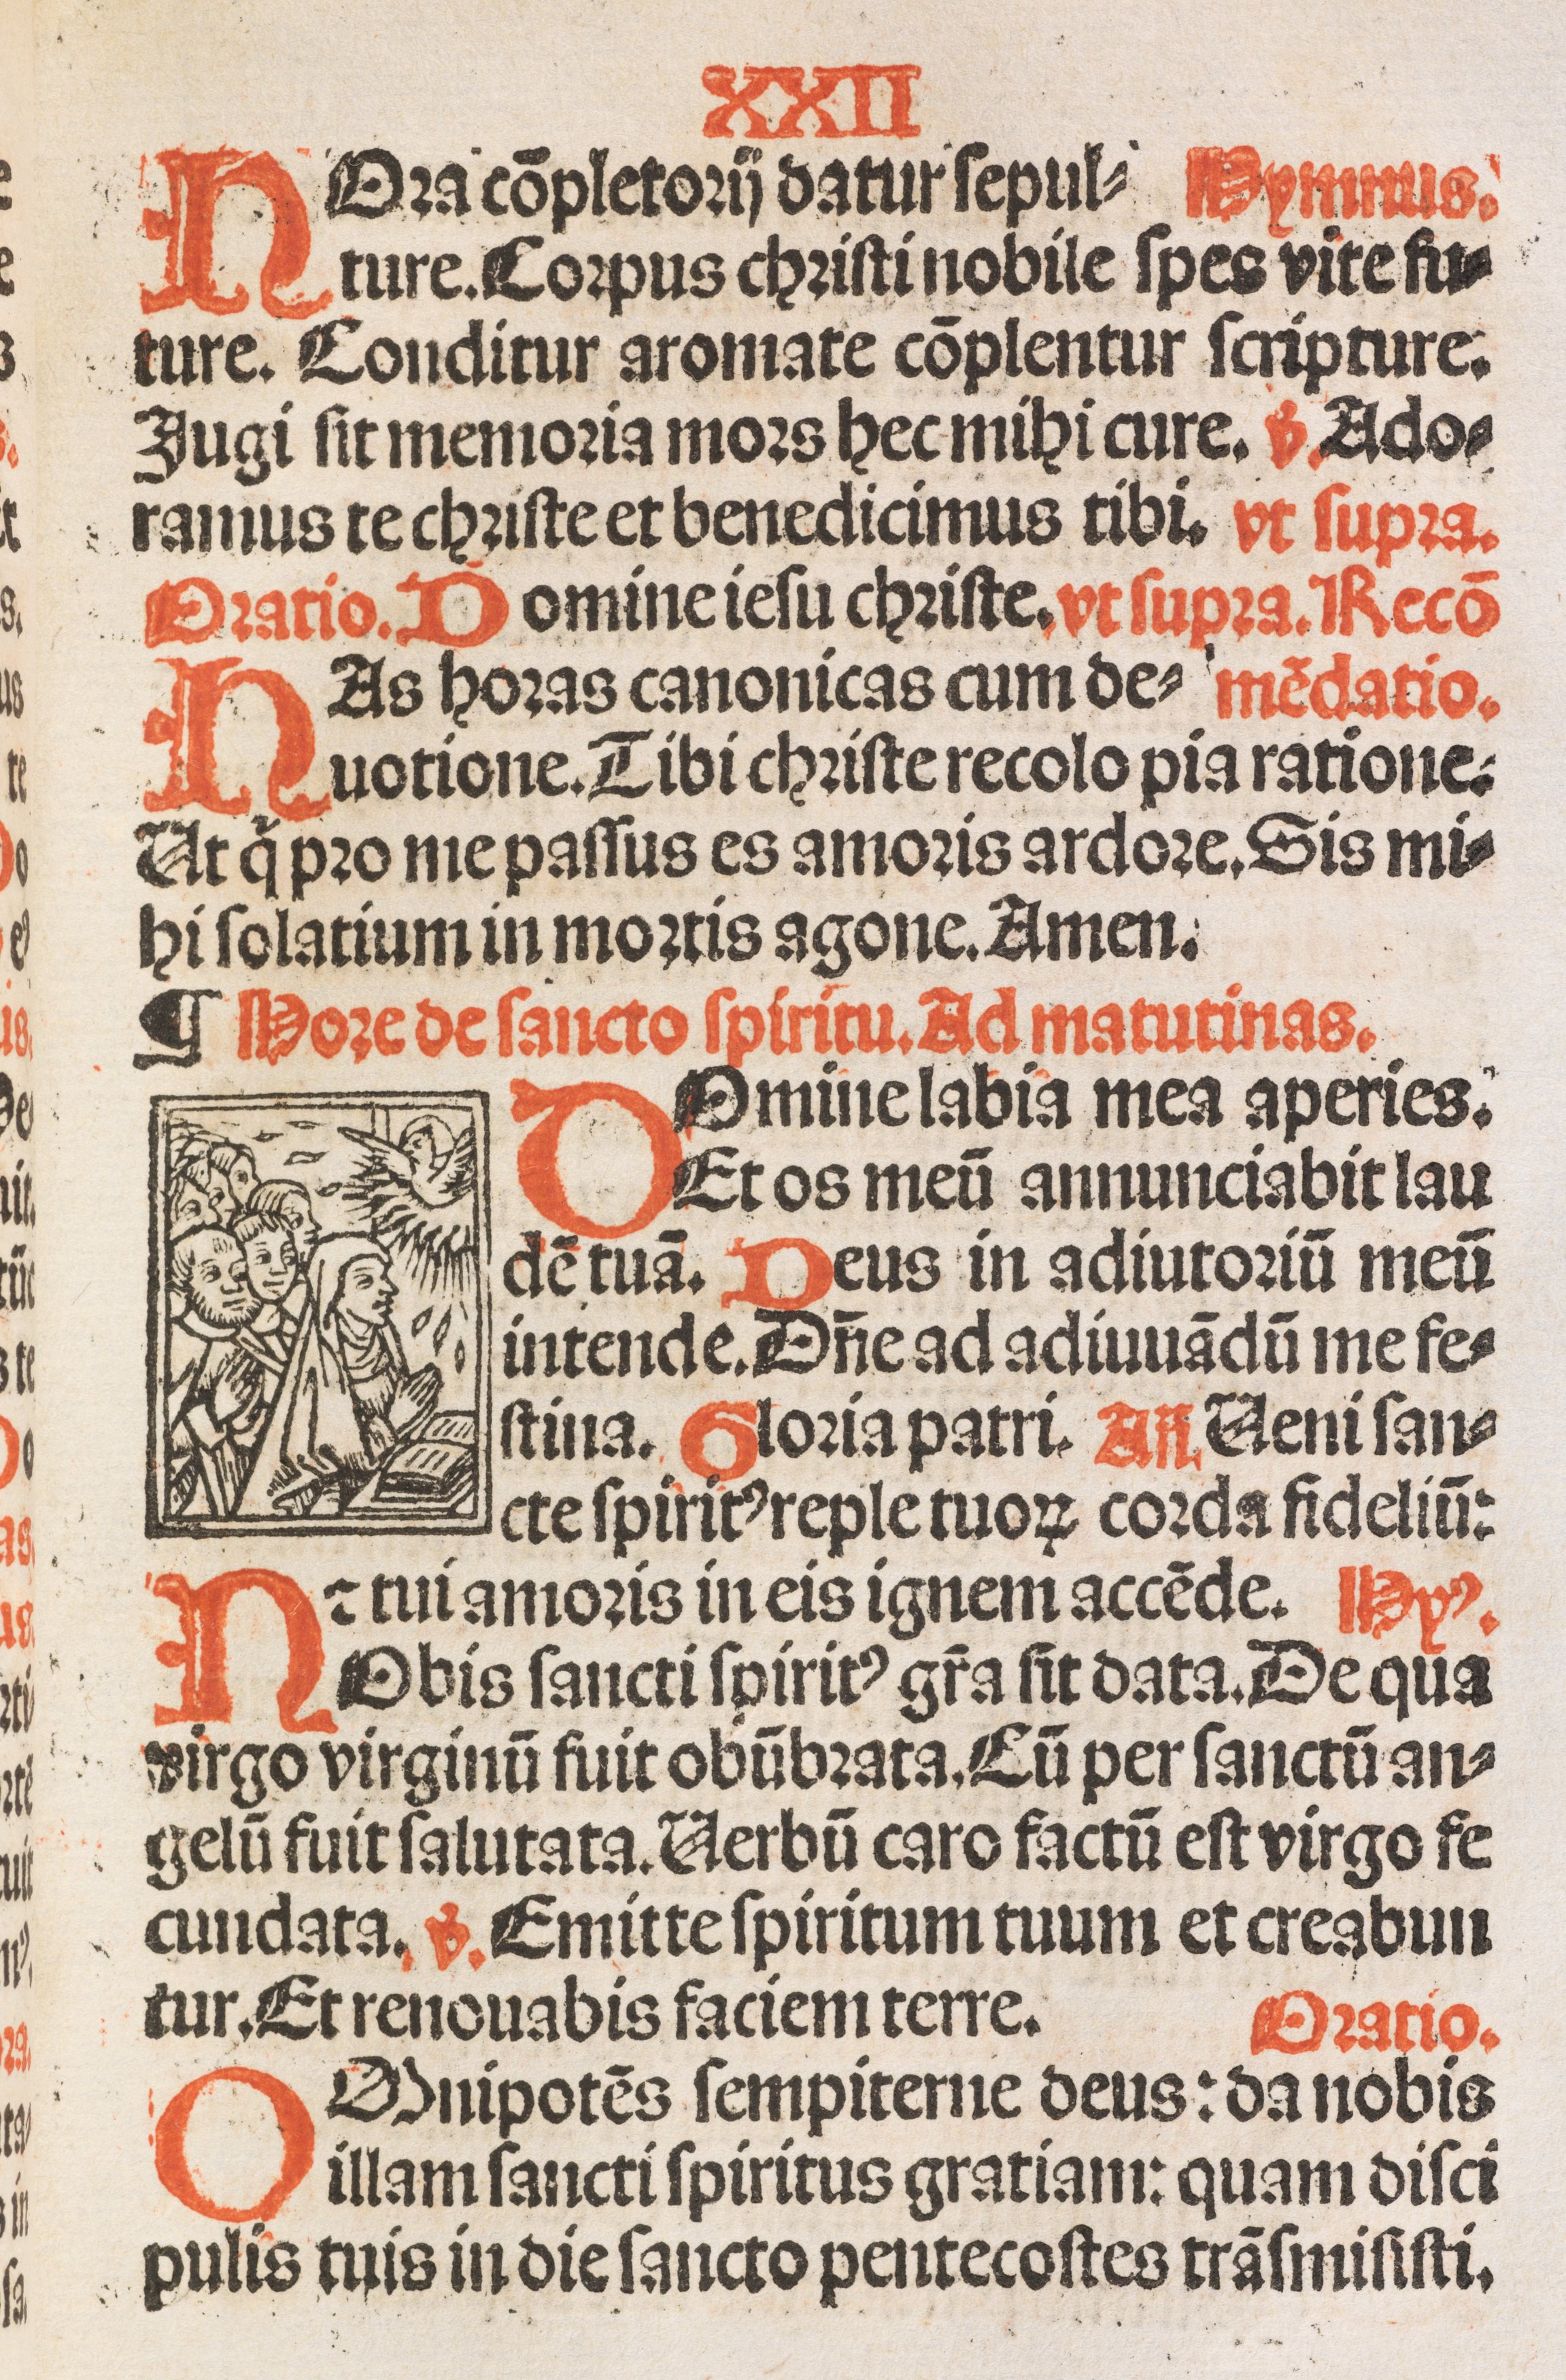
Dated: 1500–1524